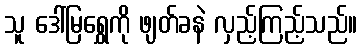
သူ ဒေါ်မြရွှေကို ဖျတ်ခနဲ လှည့်ကြည့်သည်။